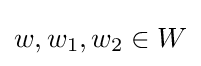
w,w_{1},w_{2}\in W